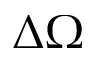
\Delta \Omega